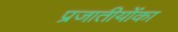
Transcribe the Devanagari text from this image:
प्रजातीयोंका